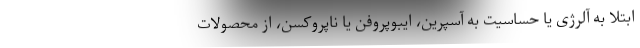
ابتلا به آلرژی یا حساسیت به آسپرین، ایبوپروفن یا ناپروکسن، از محصولات